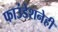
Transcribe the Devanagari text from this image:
फाउंडेशनेही